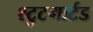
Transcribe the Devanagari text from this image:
श्टुटगार्टड